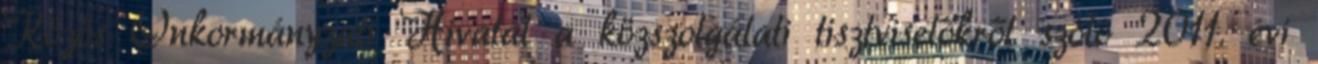
Közös Önkormányzati Hivatal a közszolgálati tisztviselőkről szóló 2011. évi